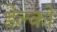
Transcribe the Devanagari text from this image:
डेल्को